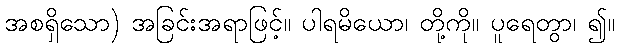
အစရှိသော) အခြင်းအရာဖြင့်။ ပါရမိယော၊ တို့ကို။ ပူရေတွာ၊ ၍။